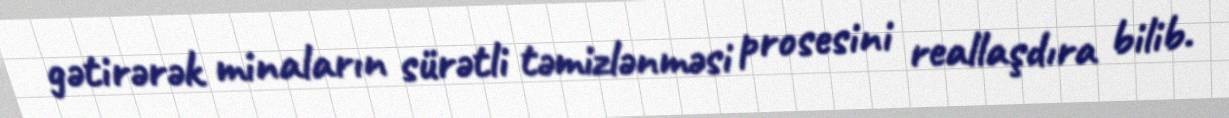
gətirərək minaların sürətli təmizlənməsi prosesini reallaşdıra bilib.